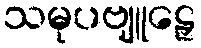
သမုပဗျူဠှေ